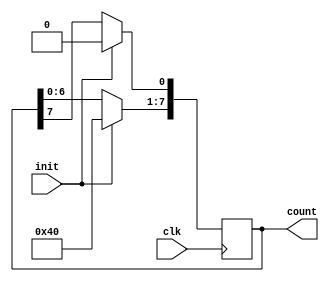
// A ring counter

module ring_counter (clk, init, count);
	
	input clk, init;
	output reg [7:0] count;

	always @ (posedge clk)
		begin
			if (init) count = 8'b10000000;
			else begin
				count <= count << 1;
				count[0] <= count[7];
			end
		end
endmodule